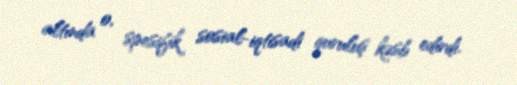
altında o, spesifik sosial-iqtisadi quruluş kəsb edirdi.